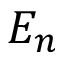
E _ { n }